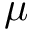
\mu